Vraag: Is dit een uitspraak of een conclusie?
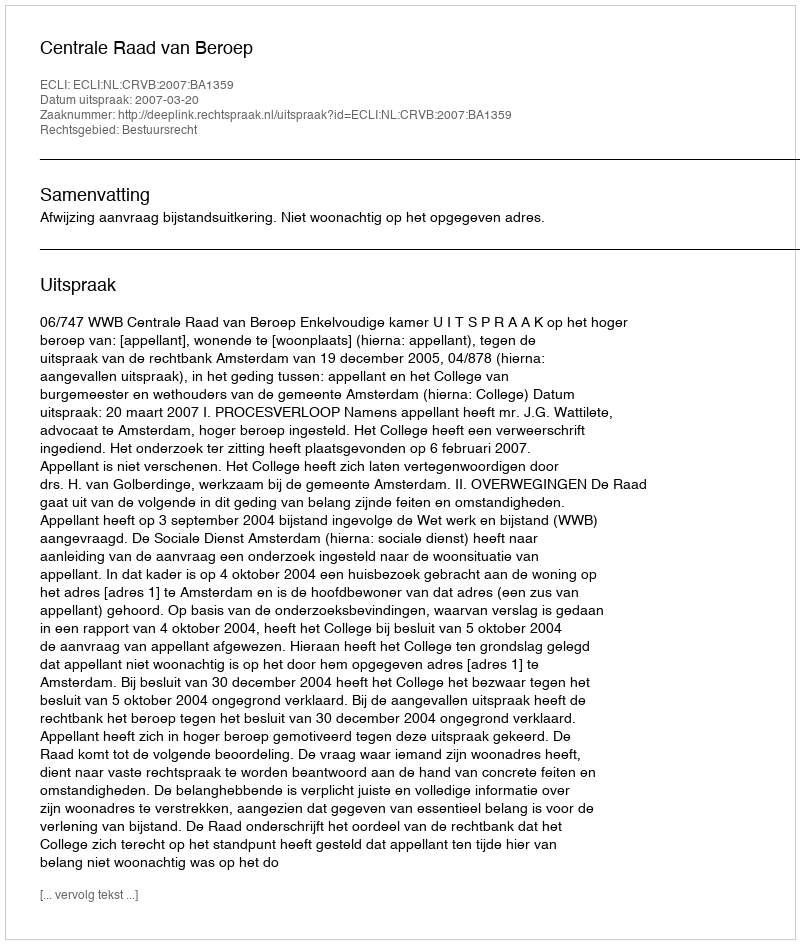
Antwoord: Uitspraak